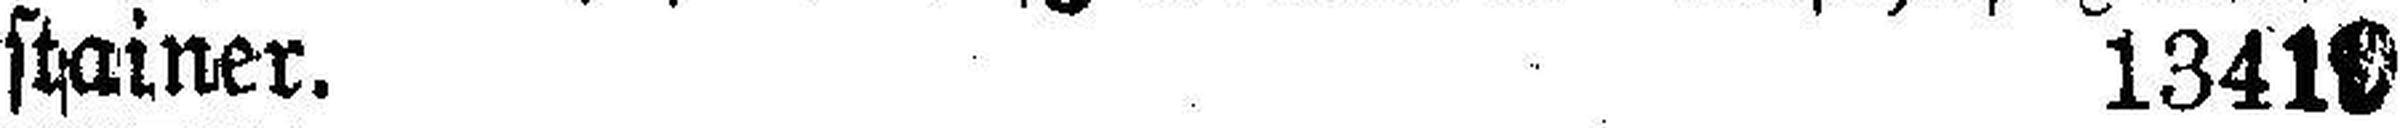
stainer. 13419